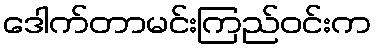
ဒေါက်တာမင်းကြည်ဝင်းက